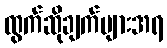
ထွက်ဆိုချက်များအရ